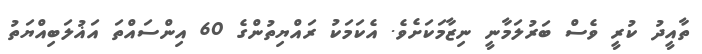
ތާއީދު ކުރީ ވެސް ބަރުލަމާނީ ނިޒާމަކަށެވެ. އެކަމަކު ރައްޔިތުންގެ 60 އިންސައްތަ އަޣުލަބިއްޔަތު